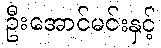
ဦးအောင်မင်းနှင့်